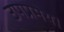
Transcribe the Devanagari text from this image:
उपप्रमेय।